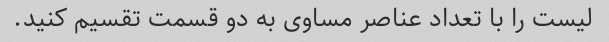
لیست را با تعداد عناصر مساوی به دو قسمت تقسیم کنید.